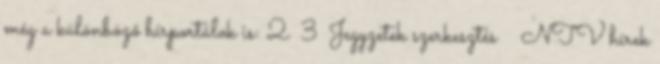
még a különböző hírportálok is: 2 3 Jegyzetek szerkesztés ↑ NTV hírek